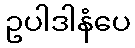
ဥပါဒါနံပေ